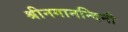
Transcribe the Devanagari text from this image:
श्रीनगानन्दिनी